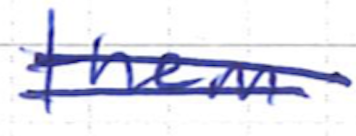
Text: them
Cross-out: double-line
Writing tool: ballpoint